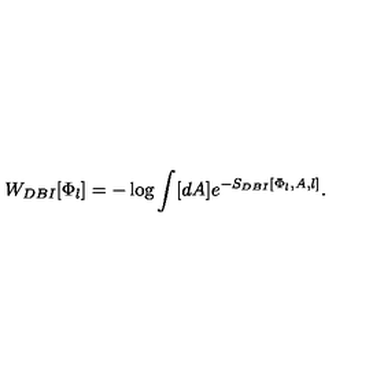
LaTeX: W _ { D B I } [ \Phi _ { l } ] = - \log \int [ d A ] e ^ { - S _ { D B I } [ \Phi _ { l } , A , l ] } .